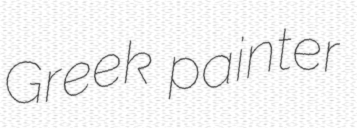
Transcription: Greek painter